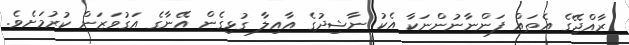
ރާއްޖޭގެ އެތައް ފަންނާނުންނަކާ އެކު ނާޝިދުގެ އާއިލާ ގުޅިގެން އޭނާގެ އަގުވަޒަން ކުރުމަށެވެ.